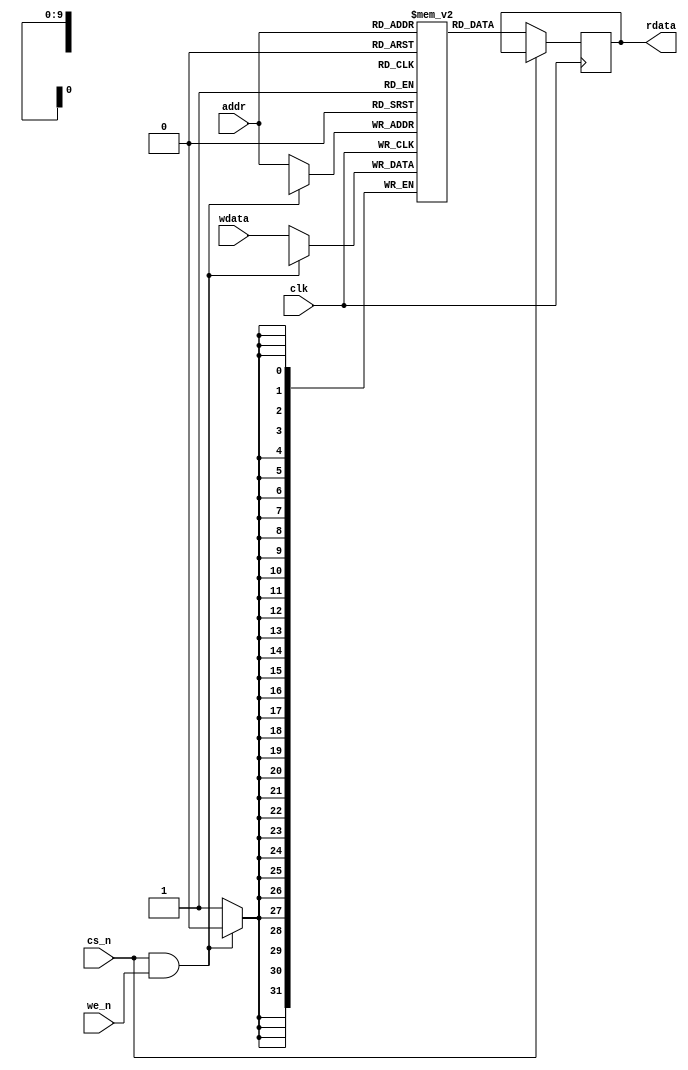
//==================================
//Editor: shiyong
//Note  : mem 
//        
//
//==================================

module mem#(
    parameter XLEN     =  32 ,
    parameter ADDR_LEN =  10 ,
    parameter Words    =  1 << ADDR_LEN
)
(
    input  [ADDR_LEN-1:0]   addr,
    input  [XLEN-1:0]       wdata,
    input                   cs_n ,
    input                   we_n ,
    input                   clk  ,
    output reg [XLEN-1:0]   rdata
);

    reg [XLEN-1:0] mem_array [Words-1:0];

    always@(posedge clk)
        if( ! (cs_n & we_n)) mem_array[addr] <= #1 wdata;

    always@(negedge clk)
        if(!cs_n) rdata <= #1 mem_array[addr];

endmodule